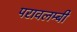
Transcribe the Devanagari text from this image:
परावलम्बी